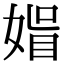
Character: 𡟤